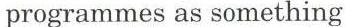
programmes as something